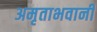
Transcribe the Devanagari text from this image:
अमृताभवानी